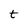
Character: t